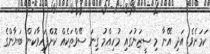
ކަމަށެވެ. އަދި އޭނާ މި ސީޒަނުގައި މުހިއްމު ގިނަ ސޭވްތަކެއް ކޮށްފައިވާކަން ބަޔާންގެ